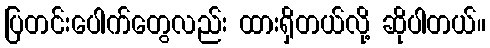
ပြတင်းပေါက်တွေလည်း ထားရှိတယ်လို့ ဆိုပါတယ်။